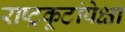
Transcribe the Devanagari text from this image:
राष्ट्रकूटांपेक्षा